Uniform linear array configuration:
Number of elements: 4
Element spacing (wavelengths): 0.5
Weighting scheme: hann
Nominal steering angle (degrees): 45
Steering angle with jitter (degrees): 46.738
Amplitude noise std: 0.05
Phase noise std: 0.05

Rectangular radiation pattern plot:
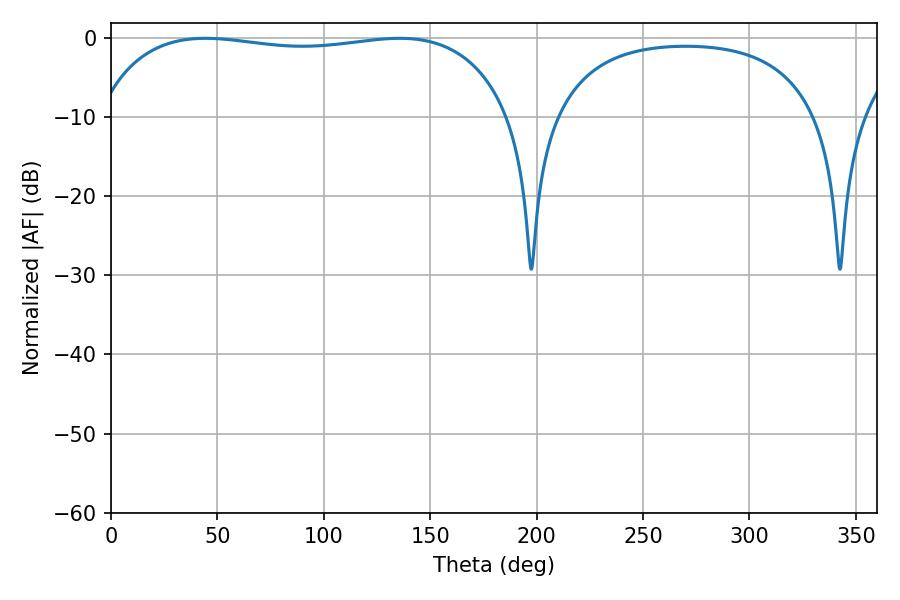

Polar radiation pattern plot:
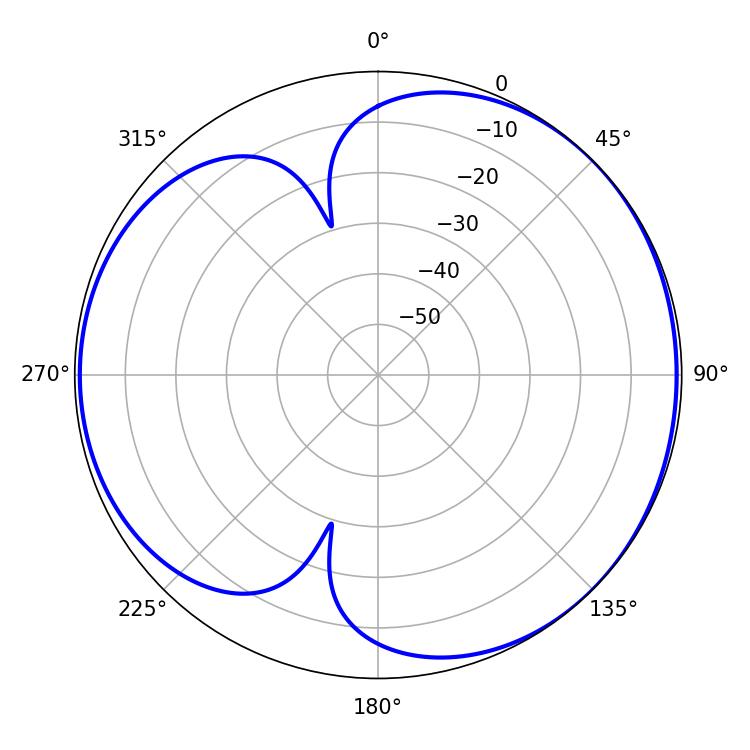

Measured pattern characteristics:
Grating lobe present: FALSE
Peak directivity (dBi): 4.417
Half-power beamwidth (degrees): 156.96
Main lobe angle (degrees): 44.46